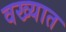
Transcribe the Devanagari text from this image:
वख्यात